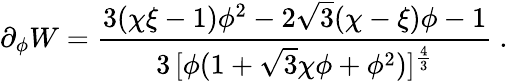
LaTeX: \partial_{\phi}W={\frac{3(\chi\xi-1)\phi^{2}-2\sqrt{3}(\chi-\xi)\phi-1}{3\, [\phi(1+\sqrt{3}\chi\phi+\phi^{2})]^{\frac{4}{3}}}}\ .